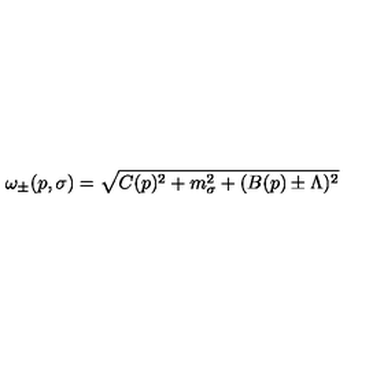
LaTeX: \omega _ { \pm } ( p , \sigma ) = \sqrt { C ( p ) ^ { 2 } + m _ { \sigma } ^ { 2 } + ( B ( p ) \pm \Lambda ) ^ { 2 } }